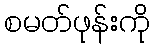
စမတ်ဖုန်းကို